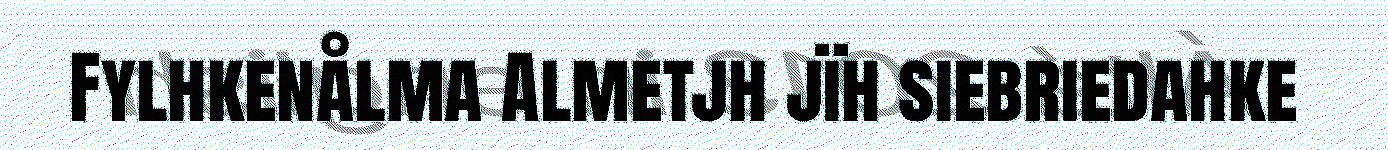
Fylhkenålma Almetjh jïh siebriedahke